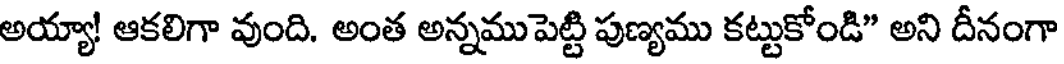
అయ్యా! ఆకలిగా వుంది. అంత అన్నముపెట్టి పుణ్యము కట్టుకోండి" అని దీనంగా